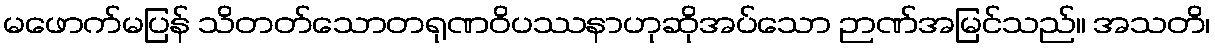
မဖောက်မပြန် သိတတ်သောတရုဏဝိပဿနာဟုဆိုအပ်သော ဉာဏ်အမြင်သည်။ အသတိ၊